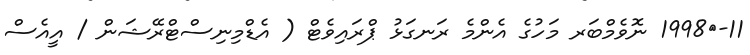
11-	1998 ނޮވެމްބަރ މަހުގެ އެންމެ ރަނގަޅު ޕްރައިވެޓް ( އެޑްމިނިސްޓްރޭޝަން / އީއެސް